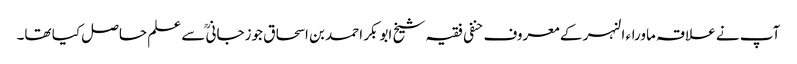
آپ نے علاقہ ماوراء النہر کے معروف حنفی فقیہ شیخ ابوبکر احمد بن اسحاق جوزجانی ؒسے علم حاصل کیا تھا۔